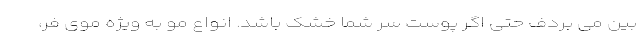
بین می بردف حتی اگر پوست سر شما خشک باشد. انواع مو به ویژه موی فر،